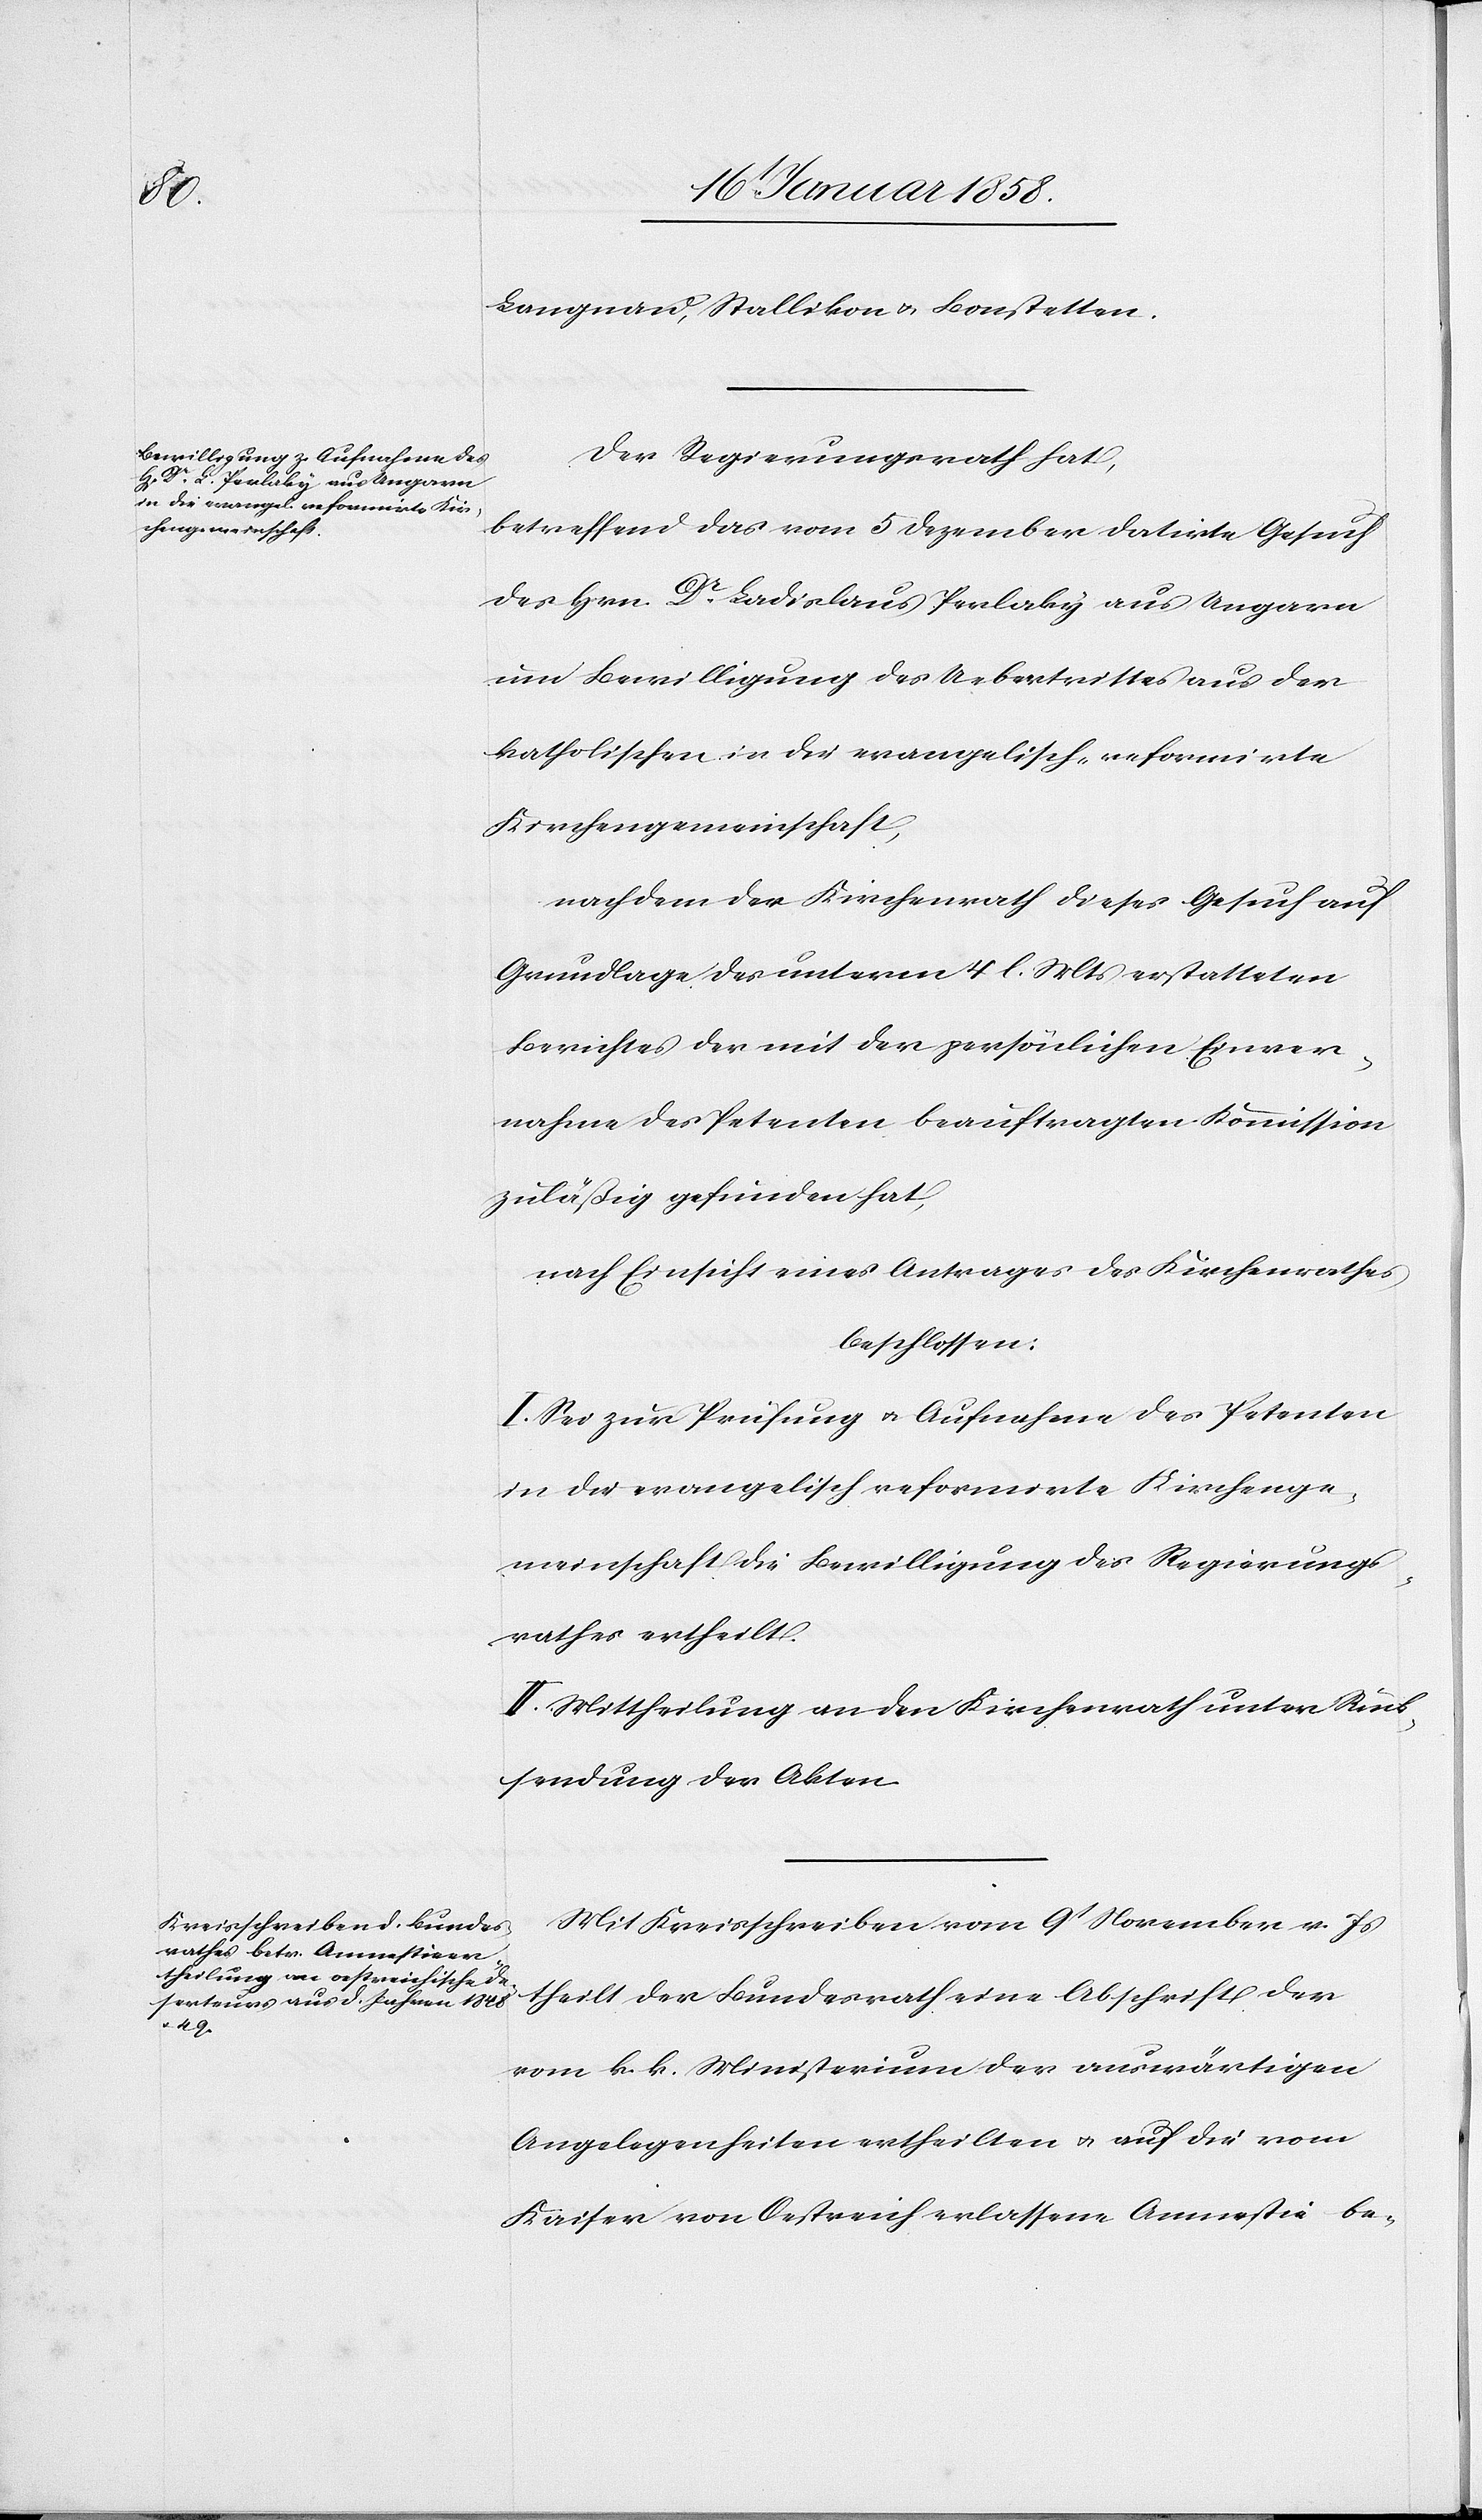
Langnau, Stallikon u. Bonstetten.
Der Regierungsrath hat,
betreffend das vom 5 Dezember datirte Gesuch
des Hrn. Dr Ladislaus Perlaky aus Ungarn
um Bewilligung des Uebertrittes aus der
katholischen in die evangelisch-reformirte
Kirchengemeinschaft,
nachdem der Kirchenrath dieses Gesuch auf
Grundlage des unterm 4 l. Mts erstatteten
Berichtes der mit der persönlichen Einver¬
nahme des Petenten beauftragten Kommission
zuläßig gefunden hat,
nach Einsicht eines Antrages des Kirchenrathes
beschlossen:
I. Sei zur Prüfung u. Aufnahme des Petenten
in die evangelisch reformirte Kirchenge¬
meinschaft die Bewilligung des Regierungs¬
rathes ertheilt.
II. Mittheilung an den Kirchenrath unter Rück¬
sendung der Akten.
Mit Kreisschreiben vom 9t November v. Js
theilt der Bundesrath eine Abschrift der
vom k. k. Ministerium der auswärtigen
Angelegenheiten ertheilten u. auf die vom
Kaiser von Oestreich erlassene Amnestie be-